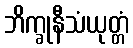
ဘိက္ခုနီသံယုတ္တံ